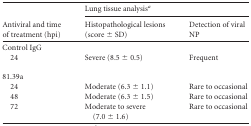
<table><thead><tr><td rowspan="2"><b>Antiviral and time of treatment (hpi)</b></td><td colspan="2"><b>Lung tissue analysis<sup><i>a</i></sup></b></td></tr><tr><td><b>Histopathological lesions (score ± SD)</b></td><td><b>Detection of viral NP</b></td></tr></thead><tbody><tr><td>Control IgG</td><td></td><td></td></tr><tr><td>24</td><td>Severe (8.5 ± 0.5)</td><td>Frequent</td></tr><tr><td>81.39a</td><td></td><td></td></tr><tr><td>24</td><td>Moderate (6.3 ± 1.1)</td><td>Rare to occasional</td></tr><tr><td>48</td><td>Moderate (6.3 ± 1.5)</td><td>Rare to occasional</td></tr><tr><td>72</td><td>Moderate to severe (7.0 ± 1.6)</td><td>Rare to occasional</td></tr></tbody></table>